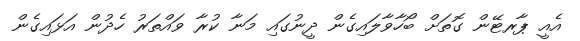
އެއީ ޕާރޓޭން ގޮތަށް ބޯހާވާލައިގެން ދީނުގައި މަނާ ކުރާ ވައްތަރު ހެދުން އަޅައިގެން